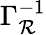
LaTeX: \Gamma_{\mathcal{R}}^{-1}